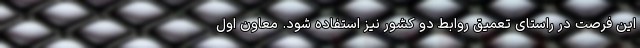
این فرصت در راستای تعمیق روابط دو کشور نیز استفاده شود. معاون اول